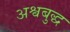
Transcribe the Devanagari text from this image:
अश्वबुद्ध